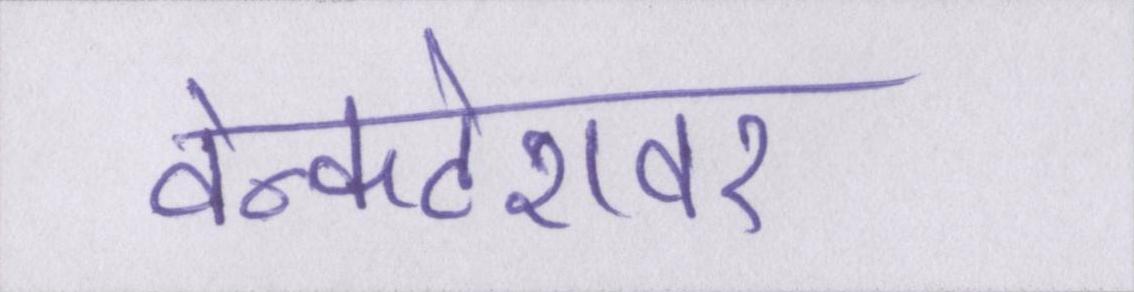
वेन्कटेशवर